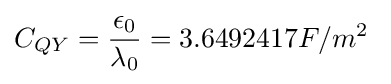
C_{QY}={\frac {\epsilon _{0}}{\lambda _{0}}}=3.6492417F/m^{2}\